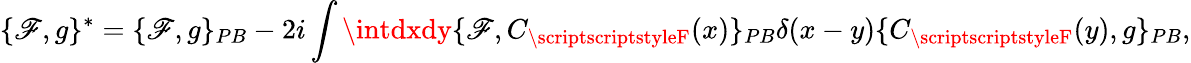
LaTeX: \{ \mathscr{F},g\} ^{*}=\{ \mathscr{F},g\} _{PB}-2i\int\intdxdy\{ \mathscr{F},C_{\scriptscriptstyleF}(x)\} _{PB}\delta(x-y)\{ C_{\scriptscriptstyleF}(y),g\} _{PB},